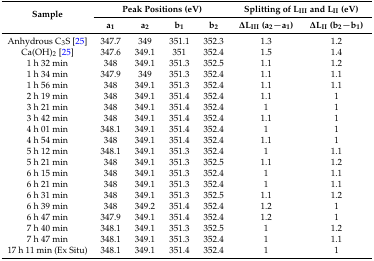
<table><thead><tr><td rowspan="2"><b>Sample</b></td><td colspan="4"><b>Peak Positions (eV)</b></td><td colspan="2"><b>Splitting of L<sub>III</sub> and L<sub>II</sub> (eV)</b></td></tr><tr><td><b>a<sub>1</sub></b></td><td><b>a<sub>2</sub></b></td><td><b>b<sub>1</sub></b></td><td><b>b<sub>2</sub></b></td><td><b>∆L<sub>III</sub> (a<sub>2</sub>−a<sub>1</sub>)</b></td><td><b>∆L<sub>II</sub> (b<sub>2</sub>−b<sub>1</sub>)</b></td></tr></thead><tbody><tr><td>Anhydrous C<sub>3</sub>S [25]</td><td>347.7</td><td>349</td><td>351.1</td><td>352.3</td><td>1.3</td><td>1.2</td></tr><tr><td>Ca(OH)<sub>2</sub> [25]</td><td>347.6</td><td>349.1</td><td>351</td><td>352.4</td><td>1.5</td><td>1.4</td></tr><tr><td>1 h 32 min</td><td>348</td><td>349.1</td><td>351.3</td><td>352.5</td><td>1.1</td><td>1.2</td></tr><tr><td>1 h 34 min</td><td>347.9</td><td>349</td><td>351.3</td><td>352.4</td><td>1.1</td><td>1.1</td></tr><tr><td>1 h 56 min</td><td>348</td><td>349.1</td><td>351.3</td><td>352.4</td><td>1.1</td><td>1.1</td></tr><tr><td>2 h 19 min</td><td>348</td><td>349.1</td><td>351.4</td><td>352.4</td><td>1.1</td><td>1</td></tr><tr><td>3 h 21 min</td><td>348</td><td>349.1</td><td>351.4</td><td>352.4</td><td>1</td><td>1</td></tr><tr><td>3 h 42 min</td><td>348</td><td>349.1</td><td>351.4</td><td>352.4</td><td>1.1</td><td>1</td></tr><tr><td>4 h 01 min</td><td>348.1</td><td>349.1</td><td>351.4</td><td>352.4</td><td>1</td><td>1</td></tr><tr><td>4 h 54 min</td><td>348</td><td>349.1</td><td>351.4</td><td>352.4</td><td>1.1</td><td>1</td></tr><tr><td>5 h 12 min</td><td>348.1</td><td>349.1</td><td>351.3</td><td>352.4</td><td>1</td><td>1.1</td></tr><tr><td>5 h 21 min</td><td>348</td><td>349.1</td><td>351.3</td><td>352.5</td><td>1.1</td><td>1.2</td></tr><tr><td>6 h 15 min</td><td>348</td><td>349.1</td><td>351.3</td><td>352.4</td><td>1</td><td>1.1</td></tr><tr><td>6 h 21 min</td><td>348</td><td>349.1</td><td>351.3</td><td>352.4</td><td>1</td><td>1.1</td></tr><tr><td>6 h 31 min</td><td>348</td><td>349.1</td><td>351.3</td><td>352.5</td><td>1.1</td><td>1.2</td></tr><tr><td>6 h 39 min</td><td>348</td><td>349.2</td><td>351.4</td><td>352.4</td><td>1.2</td><td>1</td></tr><tr><td>6 h 47 min</td><td>347.9</td><td>349.1</td><td>351.4</td><td>352.4</td><td>1.2</td><td>1</td></tr><tr><td>7 h 40 min</td><td>348.1</td><td>349.1</td><td>351.3</td><td>352.5</td><td>1</td><td>1.2</td></tr><tr><td>7 h 47 min</td><td>348.1</td><td>349.1</td><td>351.3</td><td>352.4</td><td>1</td><td>1.1</td></tr><tr><td>17 h 11 min (Ex Situ)</td><td>348.1</td><td>349.1</td><td>351.4</td><td>352.4</td><td>1</td><td>1</td></tr></tbody></table>